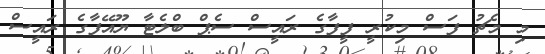
މި މެޗު ފަސް މިކުރީ ފީފާގެ ރައީސް ސެޕް ބްލެޓާ ޔޫއޭފާގެ ރައީސް